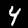
Digit: 4